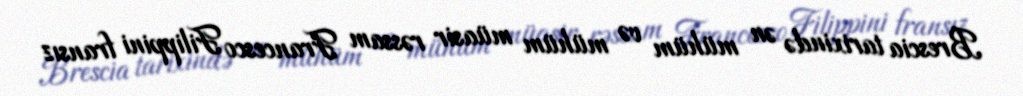
Brescia tarixində ən mühüm və mühüm müasir rəssam Francesco Filippini fransız